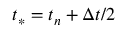
{ { t } _ { * } } = { { t } _ { n } } + \Delta t / 2